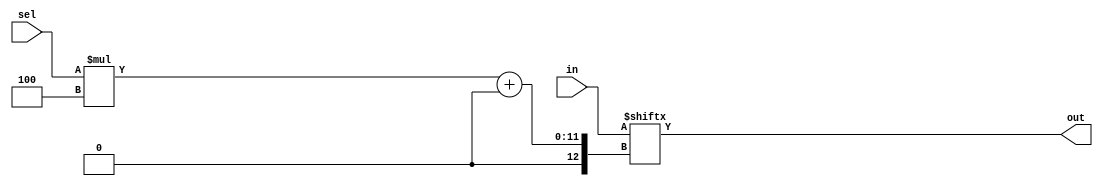
module top_module( 
    input [1023:0] in,
    input [7:0] sel,
    output [3:0] out );
    assign out = in[sel*4 +: 4];

    // Bit slicing 


    // 
    // assign out = {in[sel*4+3], in[sel*4+2], in[sel*4+1], in[sel*4+0]};
endmodule